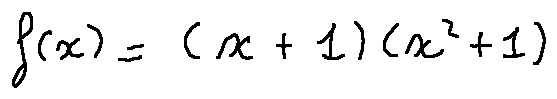
f ( x ) = ( x + 1 ) ( x ^ { 2 } + 1 )